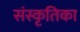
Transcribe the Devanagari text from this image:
संस्कृतिका